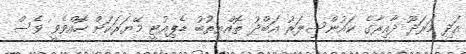
އަދި މަރަދޫ ދާއިރާގެ ކައުންސިލަރު އަބްދު ތޮއްޔިތުބު ޑެޕިއުޓީ މޭޔަރަކަށް ހޮއްވެވީ ވެސް